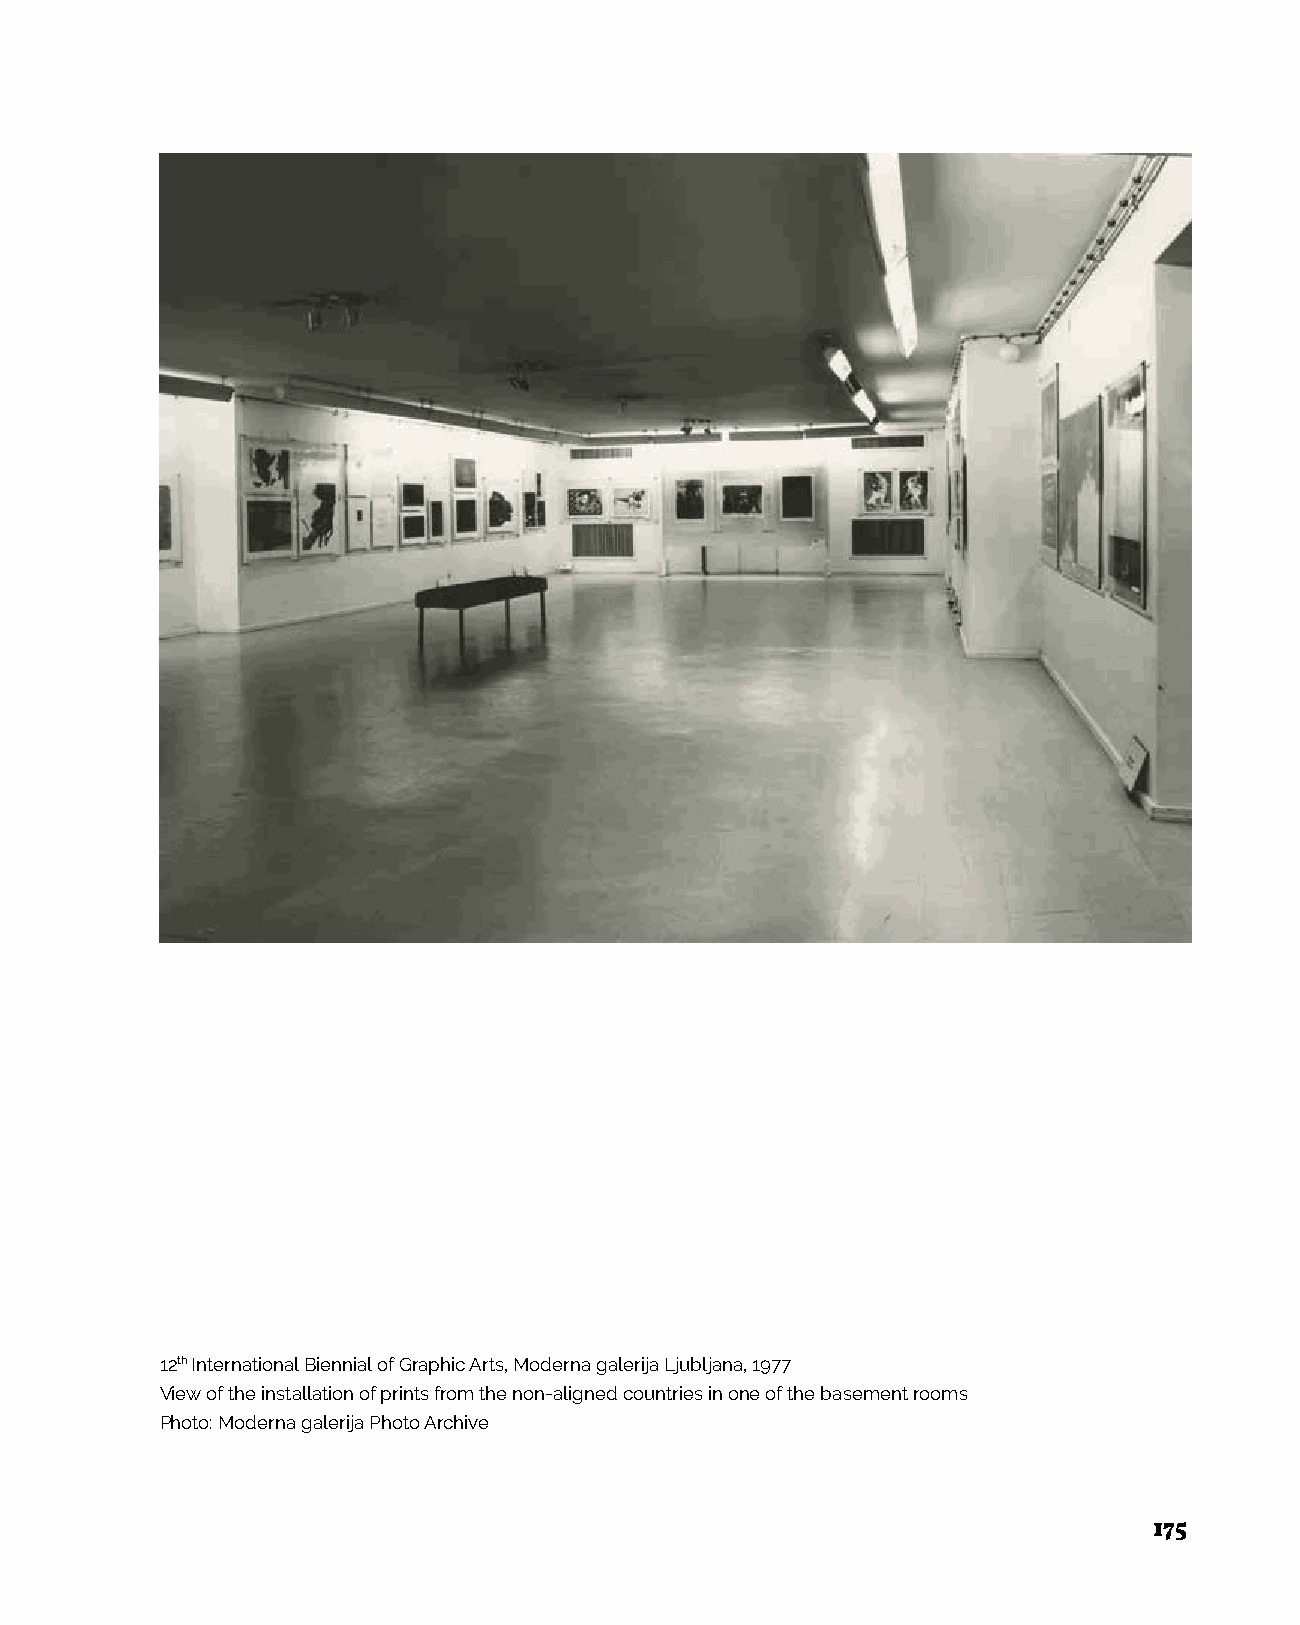
12th International Biennial of Graphic Arts, Moderna galerija Ljubljana, 1977
 View of the installation of prints from the non-aligned countries in one of the basement rooms
 Photo: Moderna galerija Photo Archive
 175